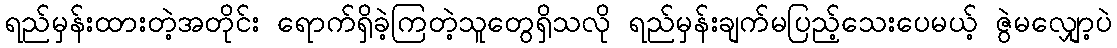
ရည်မှန်းထားတဲ့အတိုင်း ရောက်ရှိခဲ့ကြတဲ့သူတွေရှိသလို ရည်မှန်းချက်မပြည့်သေးပေမယ့် ဇွဲမလျှော့ပဲ